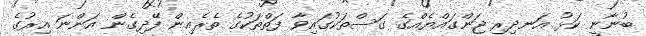
ބުނާނީ ކަޅު އަނދިރި ޖަންގައްޔެއްގެ ގަސްތަކުގައިވާ ފަތްތަކުގެ ތެރެއިން ފޭދިގެން އަންނަ އިރުގެ